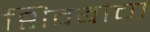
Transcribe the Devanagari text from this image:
शिवबांचा